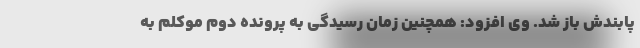
پابندش باز شد. وی افزود: همچنین زمان رسیدگی به پرونده دوم موکلم به